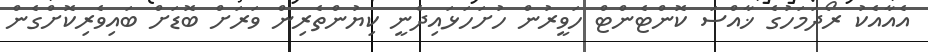
އެއާއެކު ރޯދަމަހުގެ ޚާއްސަ ކޮންޓެންޓް ހަވީރުން ހުށަހަޅައިދެނީ ކިޔުންތެރިން ވަރަށް ބޮޑަށް ބައިވެރިކޮށްގެން